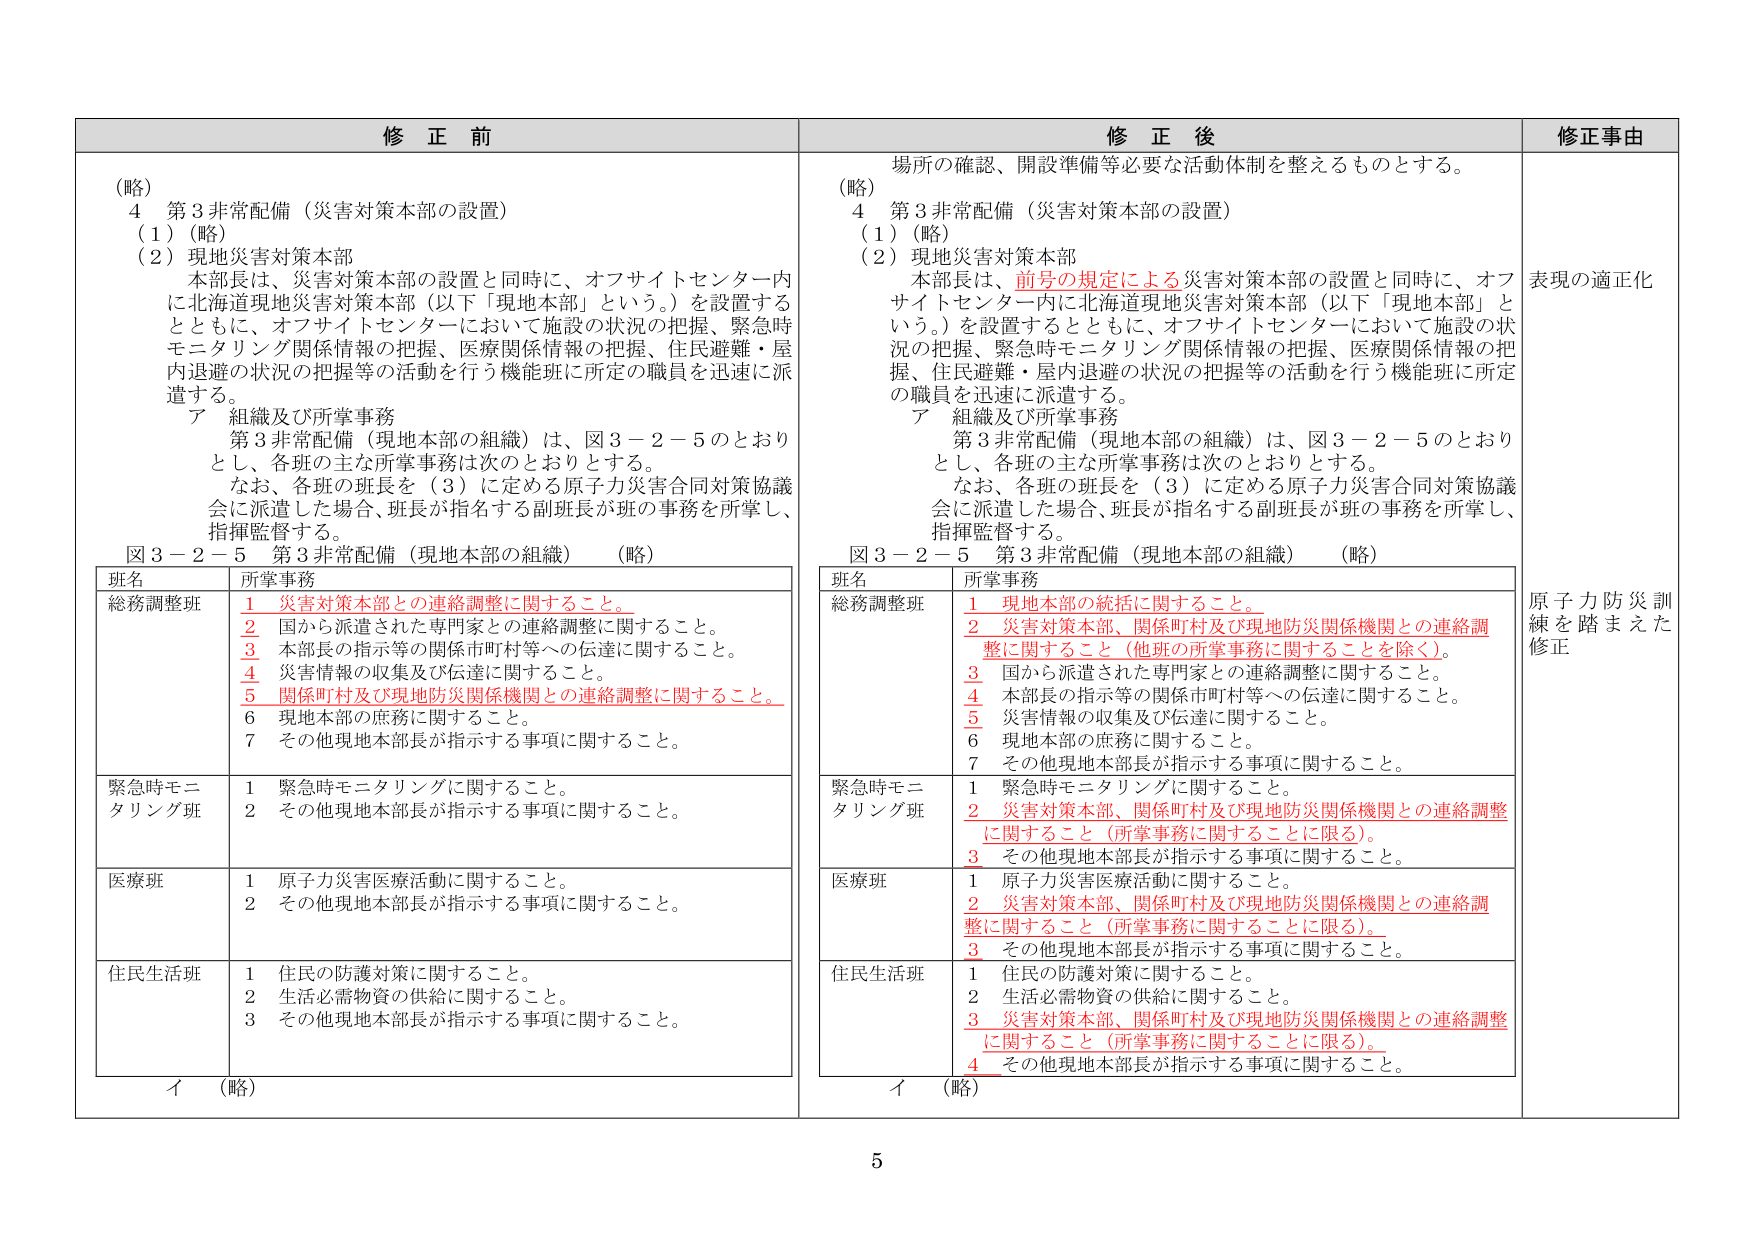
修正前
（略）
4 第3非常配備（災害対策本部の設置）
（1）（略）
（2）現地災害対策本部
本部長は、災害対策本部の設置と同時に、オフサイトセンター内に北海道現地災害対策本部（以下「現地本部」という。）を設置するとともに、オフサイトセンターにおいて施設の状況の把握、緊急時モニタリング関係情報の把握、医療関係情報の把握、住民避難・屋内退避の状況の把握等の活動を行う機能班に所定の職員を迅速に派遣する。
ア 組織及び所掌事務
第3非常配備（現地本部の組織）は、図3－2－5のとおりとし、各班の主な所掌事務は次のとおりとする。
なお、各班の班長を（3）に定める原子力災害合同対策協議会に派遣した場合、班長が指名する副班長が班の事務を所掌し、指揮監督する。
図3－2－5 第3非常配備（現地本部の組織）（略）
班名 所掌事務
総務調整班 1 災害対策本部との連絡調整に関すること。
2 国から派遣された専門家との連絡調整に関すること。
3 本部長の指示等の関係市町村等への伝達に関すること。
4 災害情報の収集及び伝達に関すること。
5 関係町村及び現地防災関係機関との連絡調整に関すること。
6 現地本部の庶務に関すること。
7 その他現地本部長が指示する事項に関すること。
緊急時モニタリング班 1 緊急時モニタリングに関すること。
2 その他現地本部長が指示する事項に関すること。
医療班 1 原子力災害医療活動に関すること。
2 その他現地本部長が指示する事項に関すること。
住民生活班 1 住民の防護対策に関すること。
2 生活必需物資の供給に関すること。
3 その他現地本部長が指示する事項に関すること。
イ （略）

修正後
場所の確認、開設準備等必要な活動体制を整えるものとする。
（略）
4 第3非常配備（災害対策本部の設置）
（1）（略）
（2）現地災害対策本部
本部長は、前号の規定による災害対策本部の設置と同時に、オフサイトセンター内に北海道現地災害対策本部（以下「現地本部」という。）を設置するとともに、オフサイトセンターにおいて施設の状況の把握、緊急時モニタリング関係情報の把握、医療関係情報の把握、住民避難・屋内退避の状況の把握等の活動を行う機能班に所定の職員を迅速に派遣する。
ア 組織及び所掌事務
第3非常配備（現地本部の組織）は、図3－2－5のとおりとし、各班の主な所掌事務は次のとおりとする。
なお、各班の班長を（3）に定める原子力災害合同対策協議会に派遣した場合、班長が指名する副班長が班の事務を所掌し、指揮監督する。
図3－2－5 第3非常配備（現地本部の組織）（略）
班名 所掌事務
総務調整班 1 現地本部の統括に関すること。
2 災害対策本部、関係町村及び現地防災関係機関との連絡調整に関すること（他班の所掌事務に関することを除く）。
3 国から派遣された専門家との連絡調整に関すること。
4 本部長の指示等の関係市町村等への伝達に関すること。
5 災害情報の収集及び伝達に関すること。
6 現地本部の庶務に関すること。
7 その他現地本部長が指示する事項に関すること。
緊急時モニタリング班 1 緊急時モニタリングに関すること。
2 災害対策本部、関係町村及び現地防災関係機関との連絡調整に関すること（所掌事務に関することに限る）。
3 その他現地本部長が指示する事項に関すること。
医療班 1 原子力災害医療活動に関すること。
2 災害対策本部、関係町村及び現地防災関係機関との連絡調整に関すること（所掌事務に関することに限る）。
3 その他現地本部長が指示する事項に関すること。
住民生活班 1 住民の防護対策に関すること。
2 生活必需物資の供給に関すること。
3 災害対策本部、関係町村及び現地防災関係機関との連絡調整に関すること（所掌事務に関することに限る）。
4 その他現地本部長が指示する事項に関すること。
イ （略）

修正事由
表現の適正化
原子力防災訓練を踏まえた修正

5